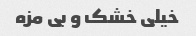
خیلی خشک و بی مزه